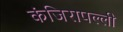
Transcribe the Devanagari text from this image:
कंजिरापल्ली